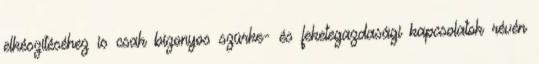
elkészítéséhez is csak bizonyos szürke- és feketegazdasági kapcsolatok révén